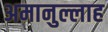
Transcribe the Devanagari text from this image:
अमानुल्लाह